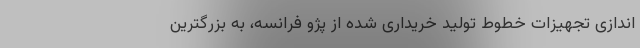
اندازی تجهیزات خطوط تولید خریداری شده از پژو فرانسه، به بزرگترین